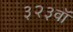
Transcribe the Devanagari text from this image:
३२३वॉ